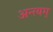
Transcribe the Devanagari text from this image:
अन्त्यम्